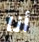
أنا